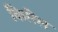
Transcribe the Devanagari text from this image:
किरिल